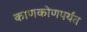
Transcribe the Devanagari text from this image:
काणकोणपर्यंत